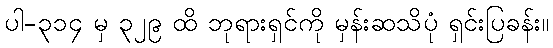
ပါ-၃၁၄ မှ ၃၂၉ ထိ ဘုရားရှင်ကို မှန်းဆသိပုံ ရှင်းပြခန်း။